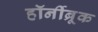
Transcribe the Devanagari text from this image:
हॉर्नीब्रूक